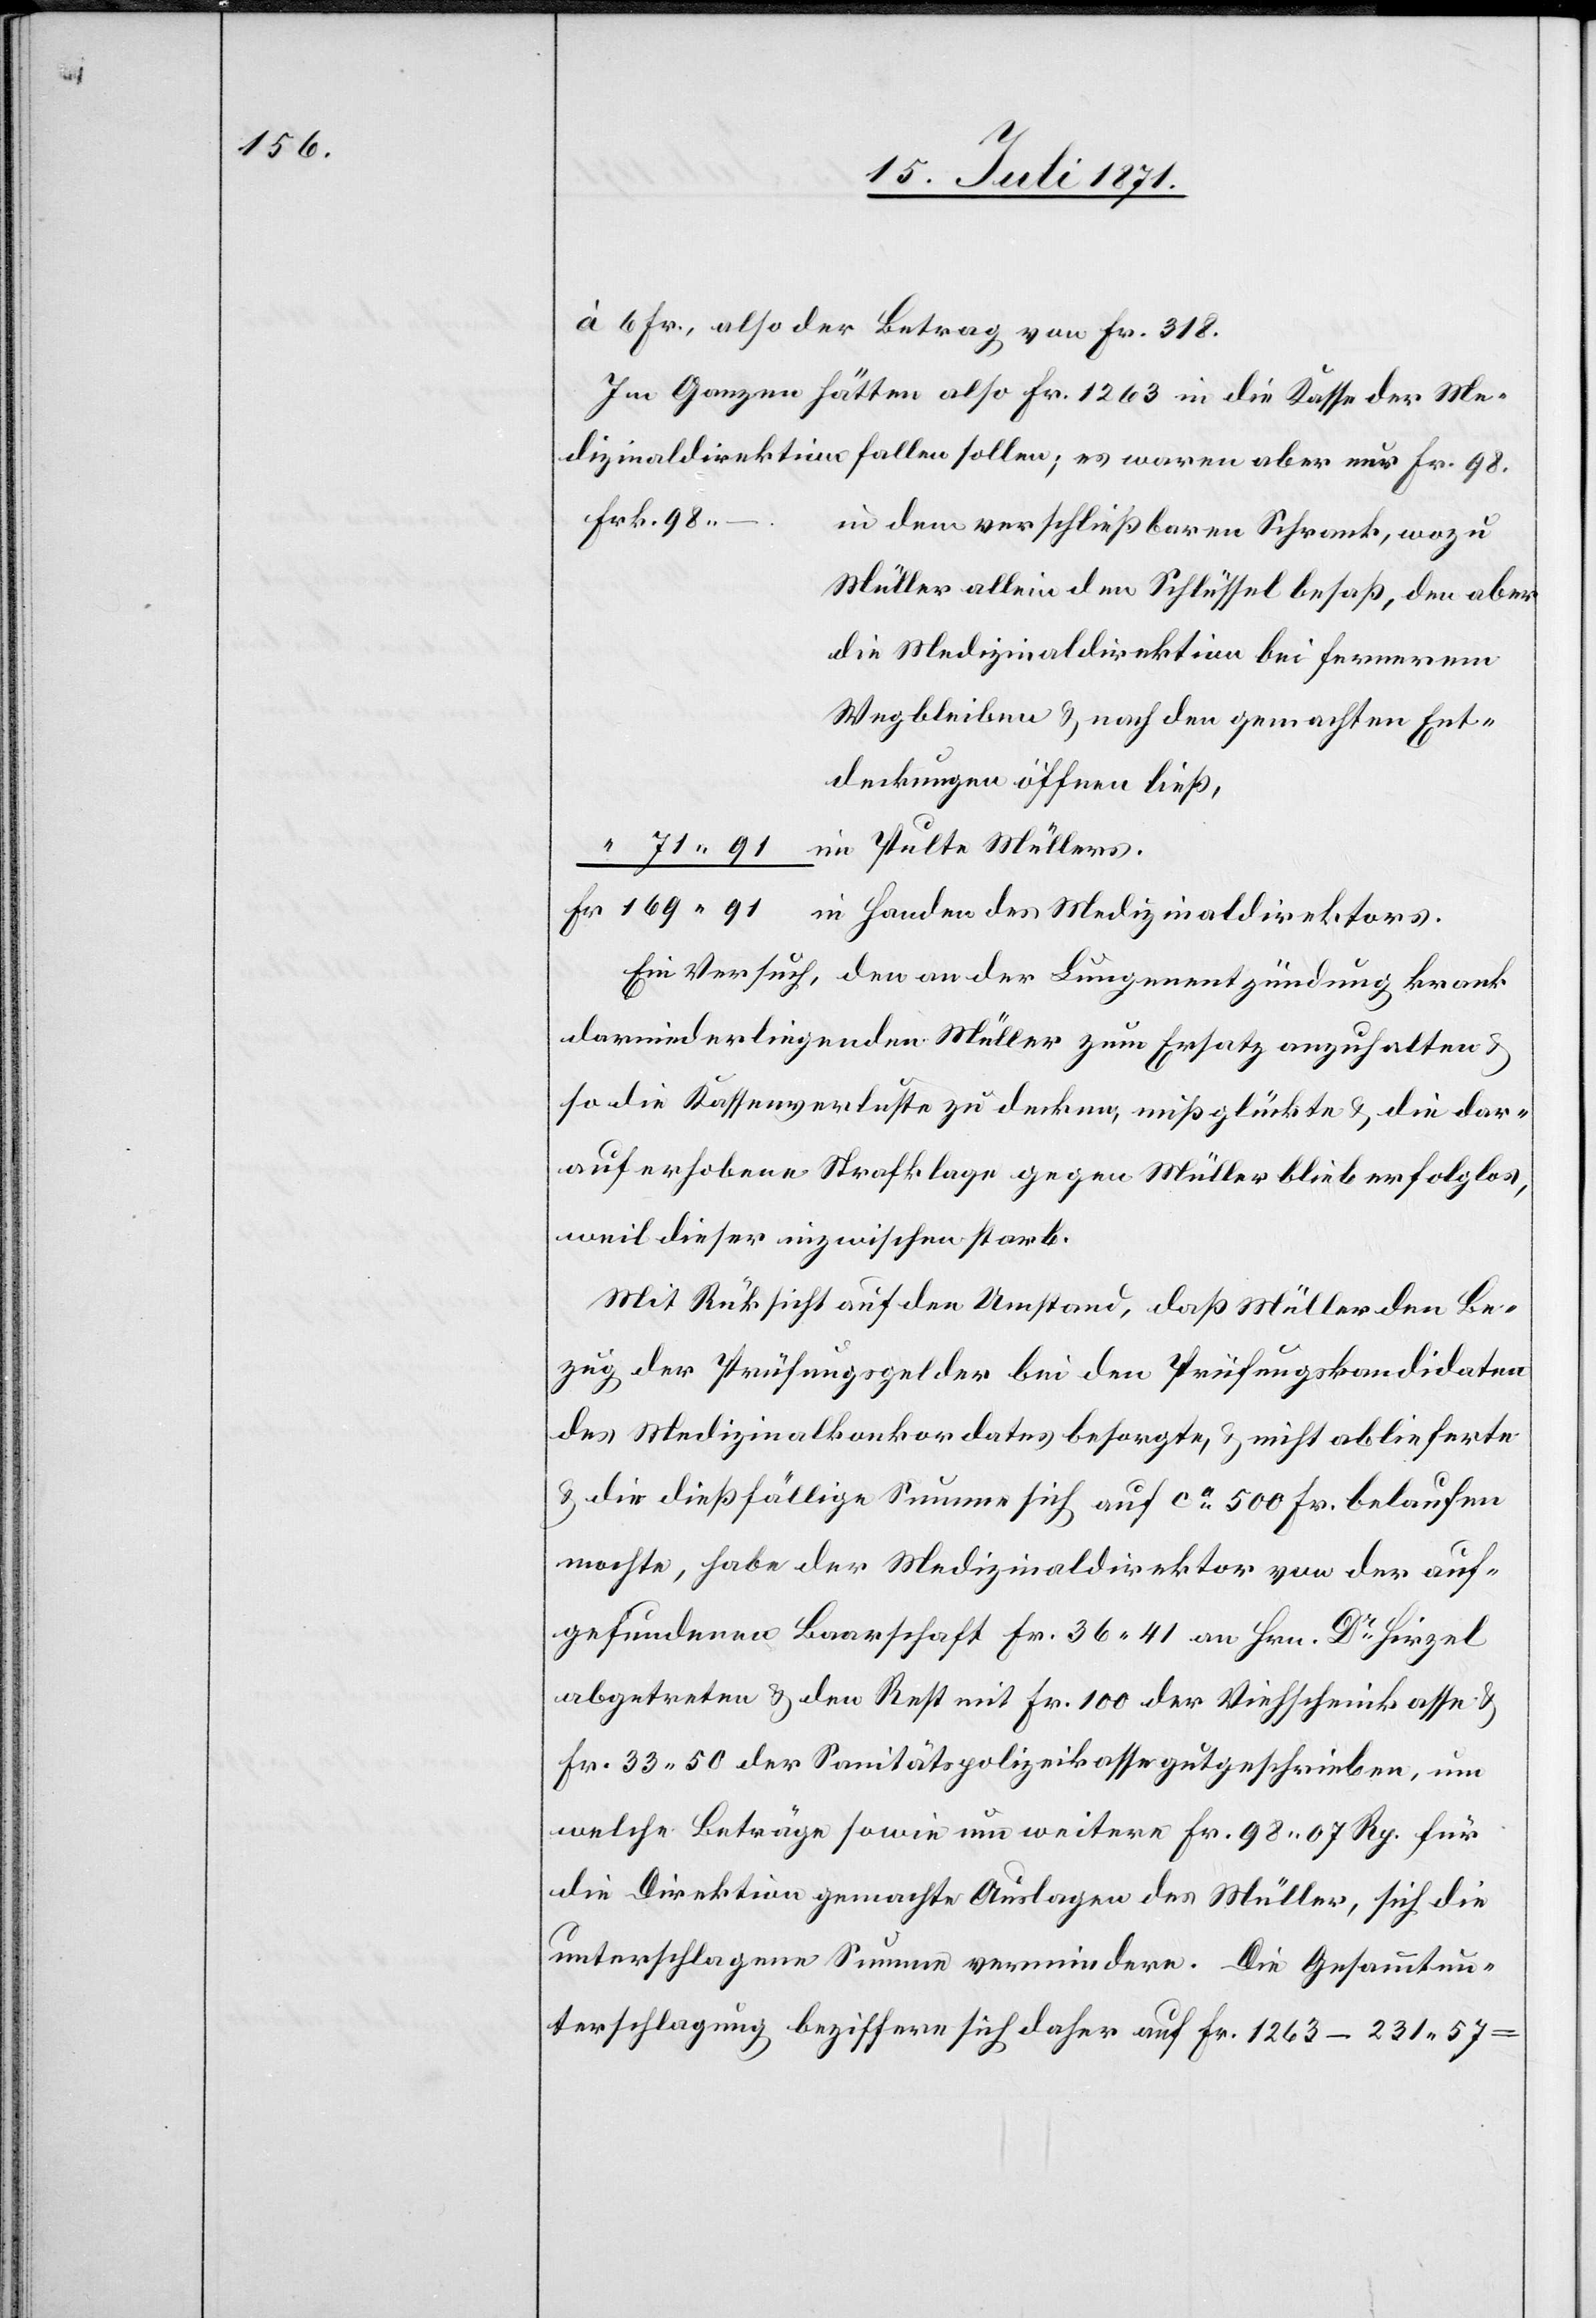
Fr.

à 6 Fr., also der Betrag von Fr. 318.
Im Ganzen hätten also Fr. 1263 in die Kasse der Me¬
dizinaldirektion fallen sollen; es waren aber nur Fr. 98.
Frk. 98.–.
in dem verschließbaren Schrank, wozu
Müller allein den Schlüssel besaß, den aber
die Medizinaldirektion bei fernerem
Wegbleiben u. nach den gemachten Ent¬
deckungen öffnen ließ,
Ein Versuch, den an der Lungenentzündung krank
darniederliegenden Müller zum Ersatz anzuhalten u.
so die Kassenverluste zu decken, mißglückte u. die dar¬
auf erhobene Strafklage gegen Müller blieb erfolglos,
weil dieser inzwischen starb.
Mit Rücksicht auf den Umstand, daß Müller den Be¬
zug der Prüfungsgelder bei den Prüfungskandidaten
des Medizinalkonkordates besorgte, u. nicht ablieferte
u. die dießfällige Summe sich auf ca. 500 Fr. belaufen
mochte, habe der Medizinaldirektor von der auf¬
gefundenen Baarschaft Fr. 36.31 an Hrn. Dr. Hirzel
abgetreten u. den Rest mit Fr. 100 der Viehscheinkasse u.
Fr. 33.50 der Sanitätspolizeikasse gutgeschrieben, um
welche Beträge sowie um weiter Fr. 98.07 Rp. für
die Direktion gemachte Auslagen des Müller, sich die
unterschlagene Summe vermindere. Die Gesammtun¬
terschlagung beziffere sich daher auf Fr. 1263–231.57=